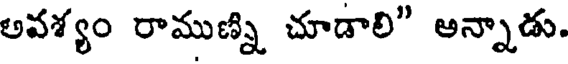
అవశ్యం రాముణ్ని చూడాలి" అన్నాడు.